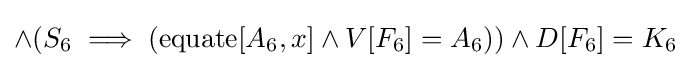
\land (S_{6}\implies (\operatorname {equate} [A_{6},x]\land V[F_{6}]=A_{6}))\land D[F_{6}]=K_{6}